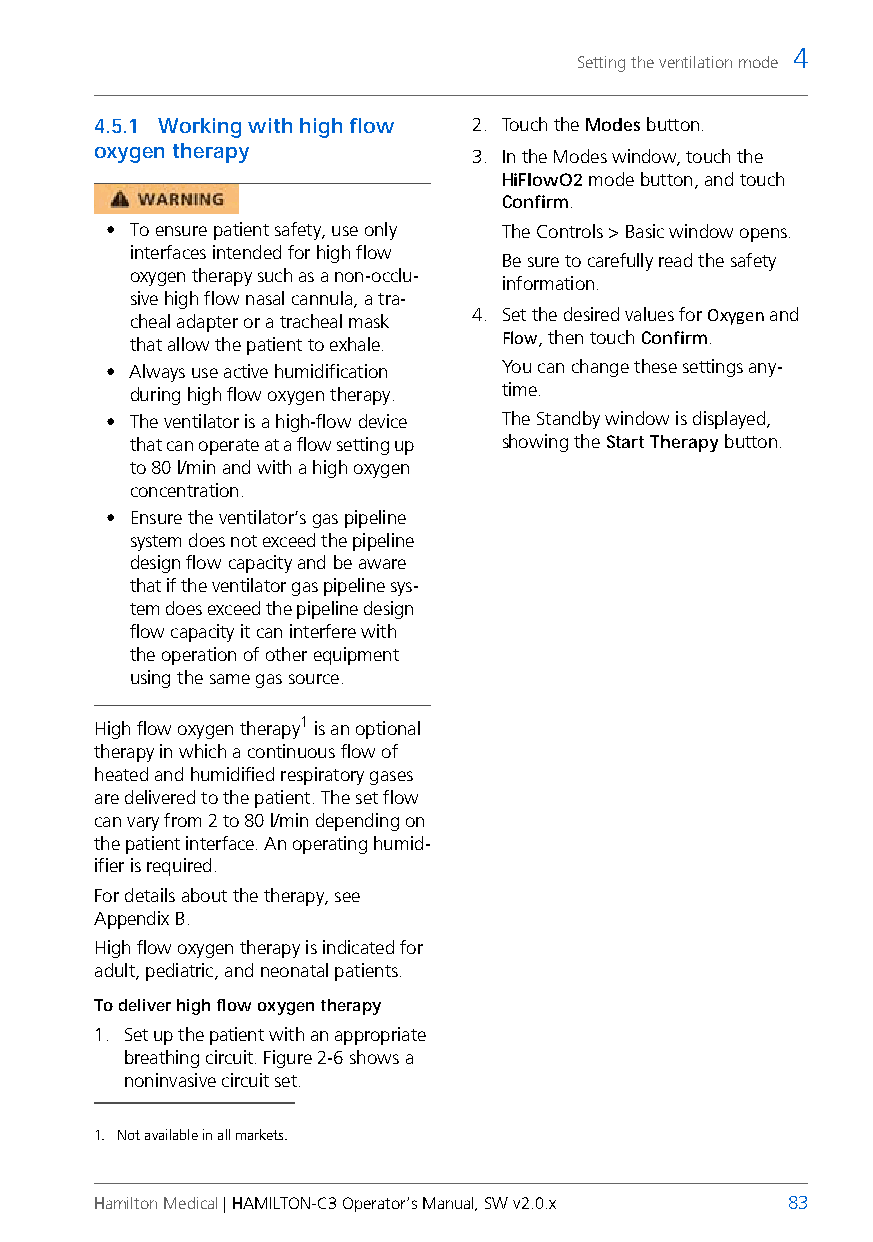
4
 Setting the ventilation mode
 4.5.1 Working with high flow 2. Touch the Modes button.
 oxygen therapy
 3. In the Modes window, touch the
 HiFlowO2 mode button, and touch
 Confirm.
 • To ensure patient safety, use only The Controls > Basic window opens.
 interfaces intended for high flow
 Be sure to carefully read the safety
 oxygen therapy such as a non-occlu-
 information.
 sive high flow nasal cannula, a tra-
 4. Set the desired values for Oxygen and
 cheal adapter or a tracheal mask
 that allow the patient to exhale.
 Flow, then touch Confirm.
 • Always use active humidification You can change these settings any-
 during high flow oxygen therapy. time.
 • The ventilator is a high-flow device The Standby window is displayed,
 that can operate at a flow setting up showing the Start Therapy button.
 to 80 l/min and with a high oxygen
 concentration.
 • Ensure the ventilator’s gas pipeline
 system does not exceed the pipeline
 design flow capacity and be aware
 that if the ventilator gas pipeline sys-
 tem does exceed the pipeline design
 flow capacity it can interfere with
 the operation of other equipment
 using the same gas source.
 High flow oxygen therapy1 is an optional
 therapy in which a continuous flow of
 heated and humidified respiratory gases
 are delivered to the patient. The set flow
 can vary from 2 to 80 l/min depending on
 the patient interface. An operating humid-
 ifier is required.
 For details about the therapy, see
 AppendixB.
 High flow oxygen therapy is indicated for
 adult, pediatric, and neonatal patients.
 To deliver high flow oxygen therapy
 1. Set up the patient with an appropriate
 breathing circuit. Figure 2-6 shows a
 noninvasive circuit set.
 1. Not available in all markets.
 Hamilton Medical | HAMILTON-C3 Operator’s Manual, SW v2.0.x 83